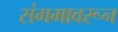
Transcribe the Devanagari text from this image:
संगमावरून